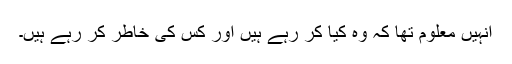
انہیں معلوم تھا کہ وہ کیا کر رہے ہیں اور کس کی خاطر کر رہے ہیں۔